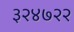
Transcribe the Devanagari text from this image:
३२४७२२